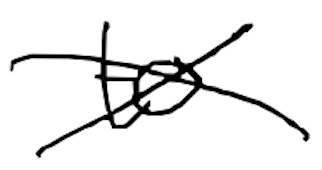
Text: to
Cross-out: cross
Writing tool: digital_black